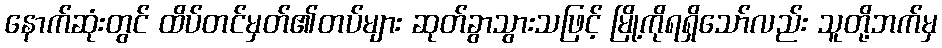
နောက်ဆုံးတွင် ထိပ်တင်မှတ်၏တပ်များ ဆုတ်ခွာသွားသဖြင့် မြို့ကိုရရှိသော်လည်း သူတို့ဘက်မှ